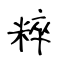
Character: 粹